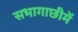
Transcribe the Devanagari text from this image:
सभागाछीमें